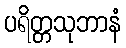
ပရိတ္တသုဘာနံ